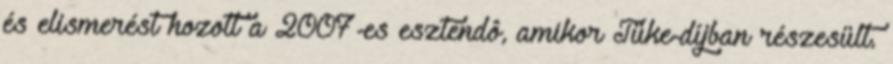
és elismerést hozott a 2007-es esztendô, amikor Tüke-díjban részesült.